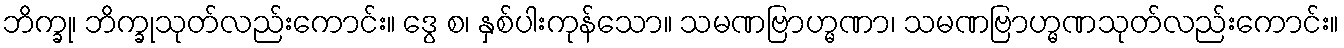
ဘိက္ခု၊ ဘိက္ခုသုတ်လည်းကောင်း။ ဒွေ စ၊ နှစ်ပါးကုန်သော။ သမဏဗြာဟ္မဏာ၊ သမဏဗြာဟ္မဏသုတ်လည်းကောင်း။